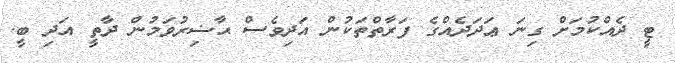
ޓީ ދެއްކުމަށް ގިނަ ޢަދަދެއްގެ ފަރާތްތަކުން އަދިވެސް ޙާޟިރުވަމުން ދާތީ އަދި ބީ.